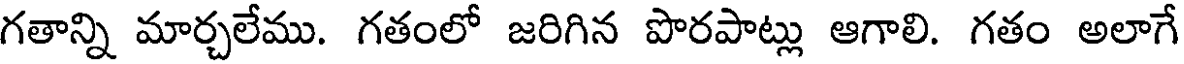
గతాన్ని మార్చలేము. గతంలో జరిగిన పొరపాట్లు ఆగాలి. గతం అలాగే